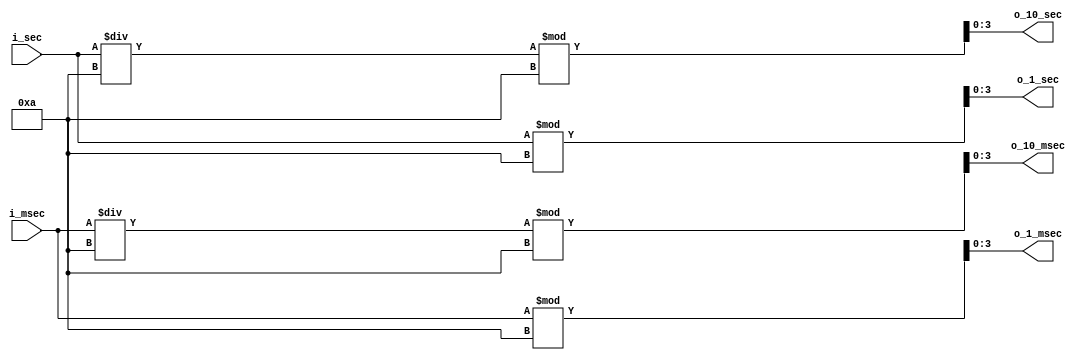
`timescale 1ns / 1ps

module digitDivier_SecMsec(
    input [5:0] i_sec,
    input [6:0] i_msec,
    output [3:0] o_10_sec, o_1_sec, o_10_msec, o_1_msec
    );

    assign o_10_sec = i_sec /10 % 10;
    assign o_1_sec = i_sec % 10;
    assign o_10_msec = i_msec / 10 % 10;
    assign o_1_msec = i_msec % 10;

endmodule